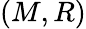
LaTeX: (M,R)